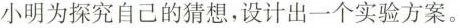
小明为探究自己的猜想，设计出一个实验方案。